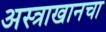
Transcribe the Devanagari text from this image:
अस्त्राखानचा